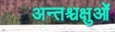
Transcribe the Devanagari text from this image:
अन्तश्चक्षुओं